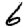
Digit: 6